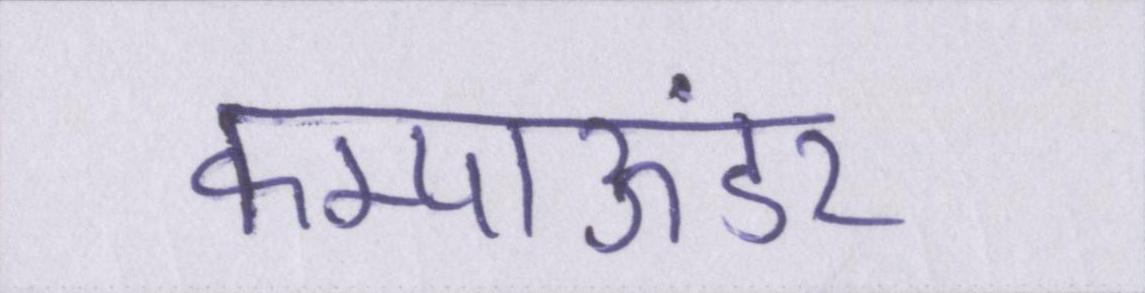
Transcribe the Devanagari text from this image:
कम्पाऊंडर